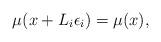
LaTeX: \begin{align*} \mu(x+L_{i}\epsilon_i)=\mu(x),\end{align*}